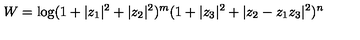
W = \log ( 1 + \vert z _ { 1 } \vert ^ { 2 } + \vert z _ { 2 } \vert ^ { 2 } ) ^ { m } ( 1 + \vert z _ { 3 } \vert ^ { 2 } + \vert z _ { 2 } - z _ { 1 } z _ { 3 } \vert ^ { 2 } ) ^ { n }